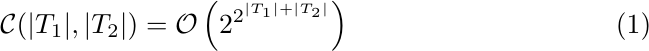
\begin{equation}
\mathcal{C}(|T_1|, |T_2|) = \mathcal{O}\left(2^{2^{|T_1| + |T_2|}}\right)
\end{equation}